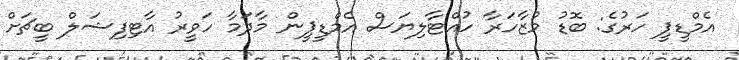
އެމްޑީޕީ ހަރުގެ: ބޮޑު މުޒާހަރާ ހުއްޓާލިޔަސް އެމްޑީޕީން މާދަމާ ހަވީރު އާޓިފިޝަލް ބީޗަށް